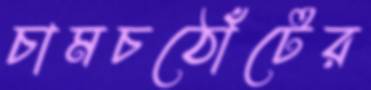
চামচঠোঁটের